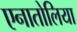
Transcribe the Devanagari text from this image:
एनातोलिया